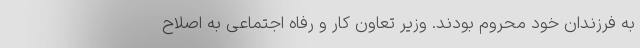
به فرزندان خود محروم بودند. وزیر تعاون کار و رفاه اجتماعی به اصلاح